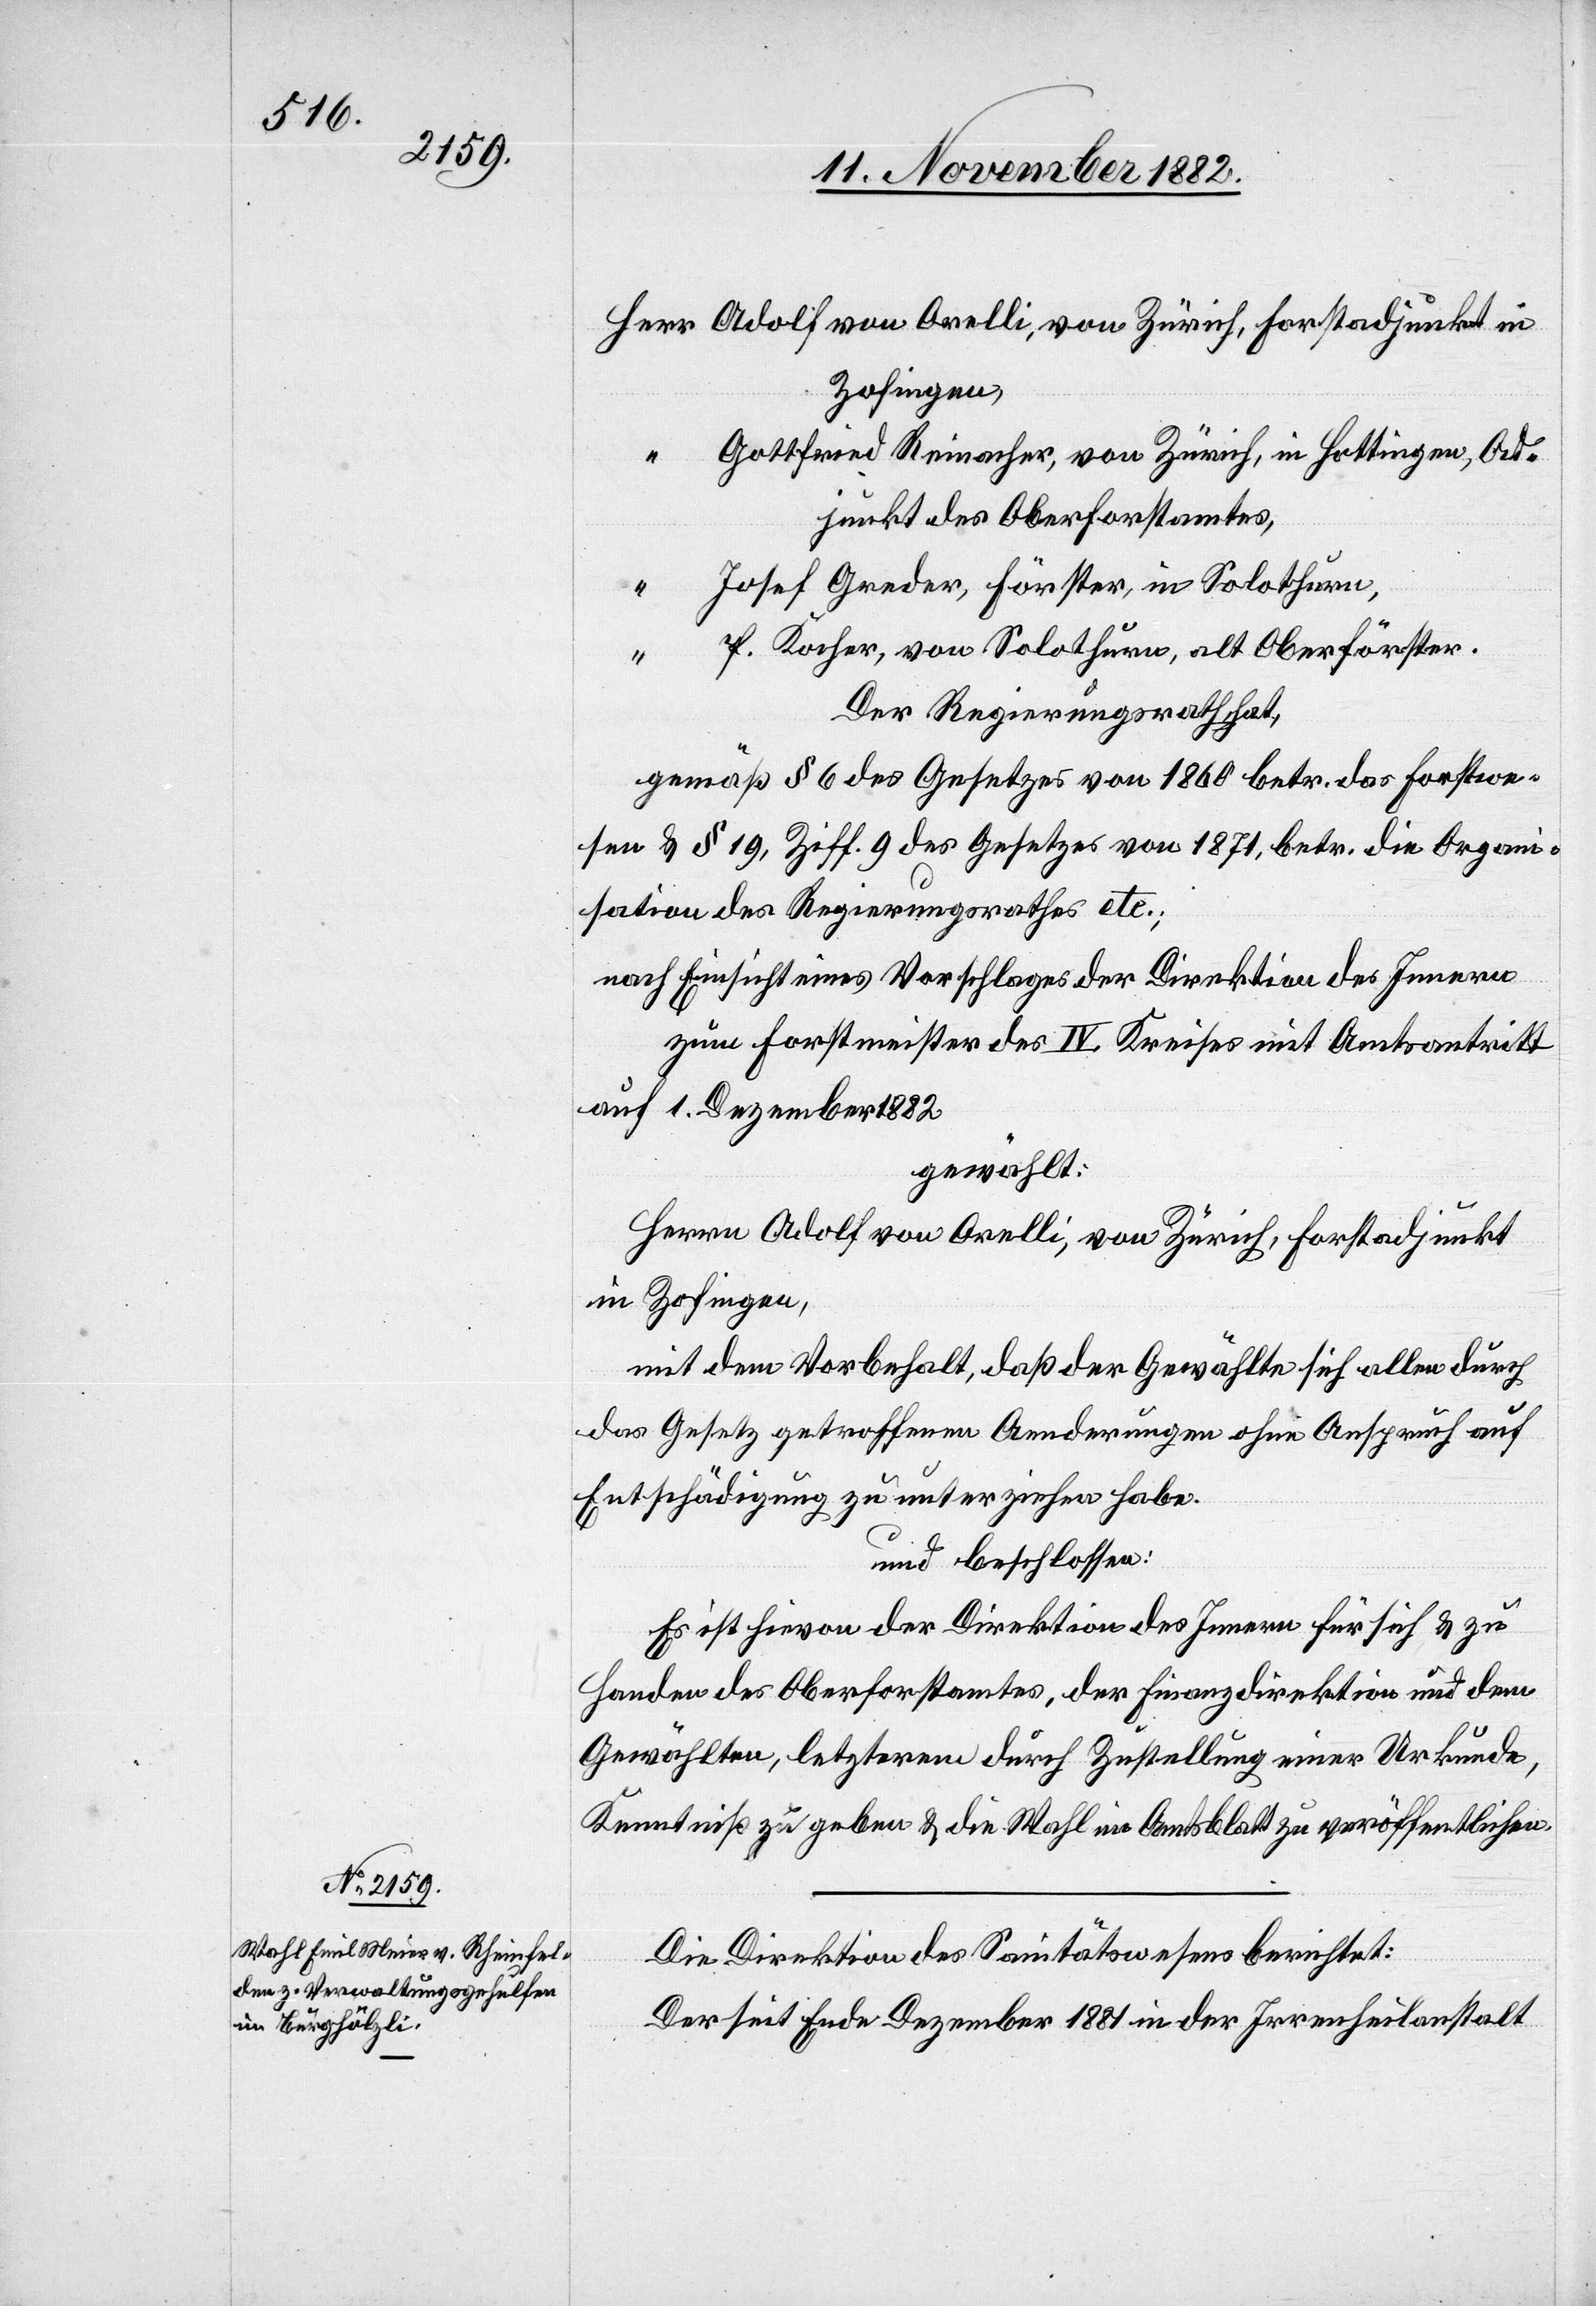
Adolf von Orelli, von Zürich, Forstadjunkt in
Zofingen,
Gottfried Reinacher, von Zürich, in Hottingen, Ad¬
junkt des Oberforstamtes,
Josef Greder, Förster, in Solothurn,
P. Kocher, von Solothurn, alt Oberförster.
Der Regierungsrath hat,
gemäß § 6 des Gesetzes von 1860 betr. das Forstwe¬
sen & § 19, Ziff. 9 des Gesetzes von 1871, betr. die Organ¬
isation des Regierungsrathes etc.;
nach Einsicht eines Vorschlages der Direktion des Innern
zum Forstmeister des IV. Kreises mit Amtsantritt
auf 1. Dezember 1882
gewählt:
Herrn Adolf von Orelli, von Zürich, Forstadjunkt
in Zofingen,
mit dem Vorbehalt, daß der Gewählte sich allen durch
das Gesetz getroffenen Aenderungen ohne Anspruch auf
Entschädigung zu unterziehen habe.
und beschlossen:
Es ist hievon der Direktion des Innern für sich & zu
Handen des Oberforstamtes, der Finanzdirektion und dem
Gewählten, letzterem durch Zustellung einer Urkunde,
Kenntniß zu geben & die Wahl im Amtsblatt zu veröffentlichen.
Die Direktion des Sanitätswesens berichtet:
Der seit Ende Dezember 1881 in der Irrenheilanstalt